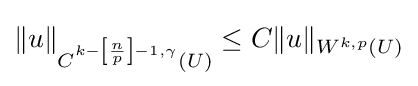
\|u\|_{C^{k-\left[{\frac {n}{p}}\right]-1,\gamma }(U)}\leq C\|u\|_{W^{k,p}(U)}